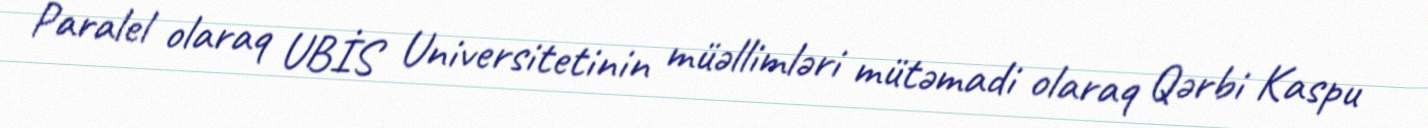
Paralel olaraq UBİS Universitetinin müəllimləri mütəmadi olaraq Qərbi Kaspu